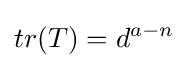
tr(T)=d^{a-n}